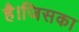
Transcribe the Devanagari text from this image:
है।जिसका